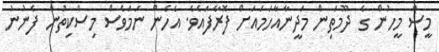
މީސް މީހުން ގެ ދޫމަތިން މަދީނާއާހަމައަށް ފޮރާފައެވެ. އެހެން ނަމަވެސް މިސްކިތުން ފެނުނު